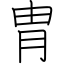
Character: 胄